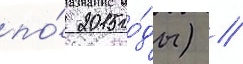
по́ 2015 го́ды) //